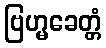
ဗြဟ္မခေတ္တံ